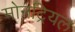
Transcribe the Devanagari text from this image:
मोनट्रियल